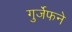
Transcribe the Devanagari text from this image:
गुर्जेफने